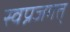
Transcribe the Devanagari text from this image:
स्वप्नजगत्‌